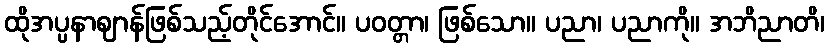
ထိုအပ္ပနာဈာန်ဖြစ်သည့်တိုင်အောင်။ ပဝတ္တာ၊ ဖြစ်သော။ ပညာ၊ ပညာကို။ အဘိညာတိ၊